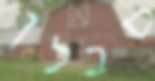
סבלן